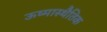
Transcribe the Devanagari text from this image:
ऊष्मास्थैतिक